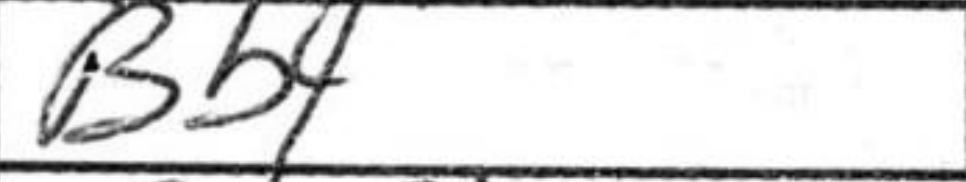
Transcription: Bb4